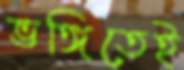
ভঙ্গিতেই